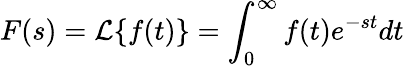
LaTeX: F(s)=\mathcal{L}\{ f(t)\} =\int_{0}^{\infty}f(t)e^{-st}dt